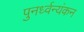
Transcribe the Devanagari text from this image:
पुनर्ध्वन्यंकन